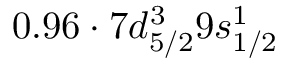
0 . 9 6 \cdot 7 d _ { 5 / 2 } ^ { 3 } 9 s _ { 1 / 2 } ^ { 1 }